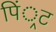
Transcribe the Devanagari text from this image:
पिं्रट